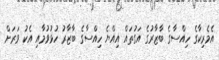
އެމެރިކާގެ ހިއްސާގެ ބާޒާރުގެ އަގުތައް އިއްޔެ ހިއްސާގެ ބާޒާރު ހުޅުވުމާއި އެކު ވަރަށް